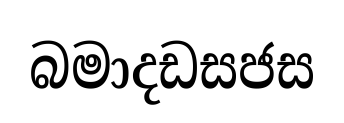
බමාදඩසජස